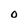
Character: O